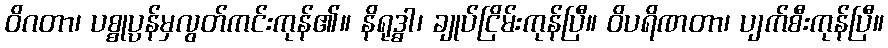
ဝိဂတာ၊ ပစ္စုပ္ပန်မှလွတ်ကင်းကုန်၏။ နိရုဒ္ဓါ၊ ချုပ်ငြိမ်းကုန်ပြီ။ ဝိပရိဏတာ၊ ပျက်စီးကုန်ပြီ။